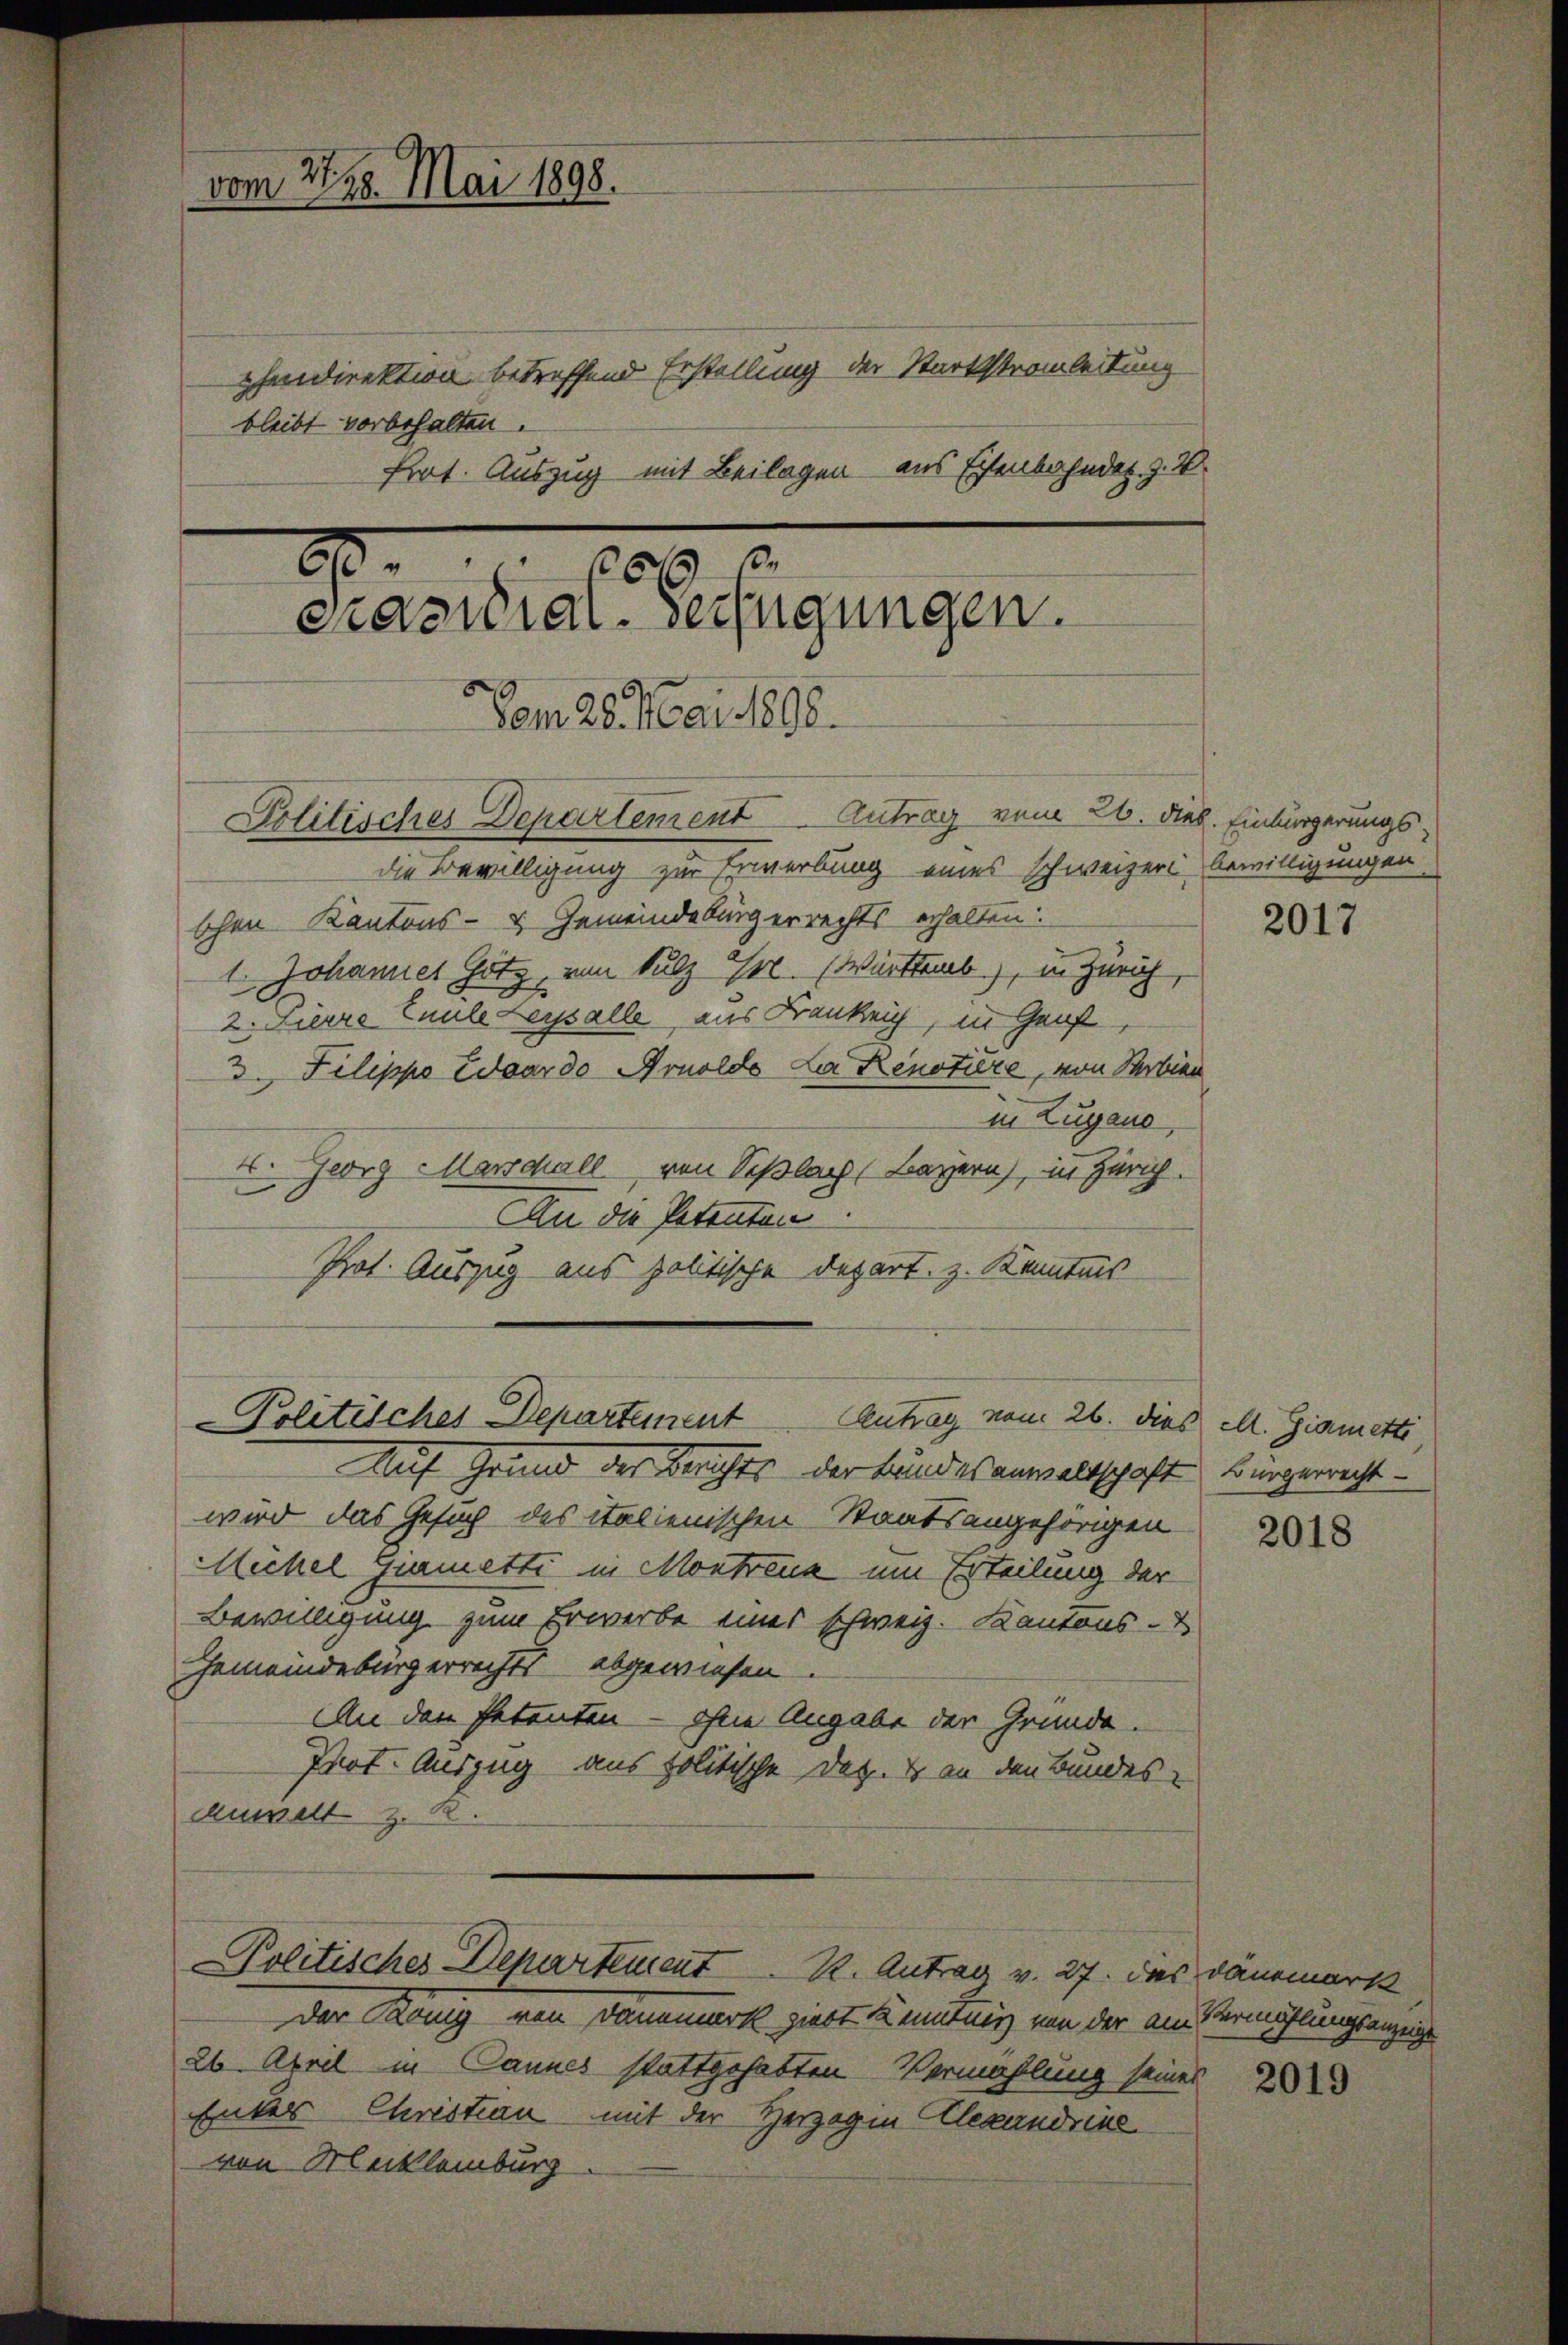
vom 21. 28. Mai 1898.

phendirektion betreffend Erstellung der Starkstromleitung
Prot. Auszug mit Beilagen aus Eisenbahndet, z. B.
20.
10 x
Präsidial-Verfügungen.
Vom 28. Mai 1898.
Politisches Departement Antrag vom 26. Dieb. Einbürgerungsdie Bewilligung zur Erwerbung eines schweizers bewilligungen

bleibt vorbehalten.

schen Kantons- & Gemeindebürgerrechts erhalten
1. Johannes Hotz, von Sulz Gr. (Wirttraab, in Zürich
2. Pierre Enule Leysalle aus Franke, in Graf,
3. Filippo Eduardo Arnoldo Da Renotiere, von Serbien
in Zugano
E. Georg Marschall von Sißlach Bayern), in Zürich.
An die Petenten
Prot. Auszug aus politische Depart. z. Kenntnis

Politisches Departement
Antrag vom 26. dies ell. Giametti
Auf Grund des Berichts der Bundesanwaltschaft Bürgerrecht

wird das Gesuch des italienischen Staatsangehörigen
Mühel germetti in Montreuz um Erteilung der
Bewilligung zum Erwerbe einer schweiz. Kantons-
Gemeindebürgerrechts abgewiesen
An den Petenten - ohne Angabe der Gründe.
Prot. Auszug aus politische Dez. Er an den Bundes-
Anwalt z. B.

Politisches Departement K. Antrag v. 27. Das Dänemarkt

Der Rang von Dannmark ziert Kenntung von der am
26. April in Cannes stattgehabten Vermählung seines
Enter Christian mit der Herzogen Alexandrine
von Mecklenburg

2017

2018

Vermählungsanzeige

2019